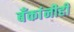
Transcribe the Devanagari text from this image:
बँकांनीही